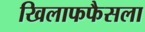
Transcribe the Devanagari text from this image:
खिलाफफैसला